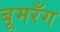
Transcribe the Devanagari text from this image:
बूमरँग